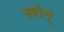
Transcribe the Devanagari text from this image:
स्त्रोन्